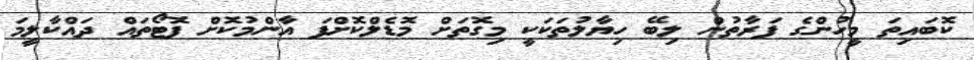
ކޮބައިތަ މީހުންގެ ފަރާތުން ލިބޭ ހިޔާލުތަކަކީ މިގޮތަށް މޮޑެލްކޮށްފަ އާންމުކޮށް ފޮޓޯތައް ދައްކާލީމަ